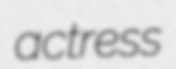
actress